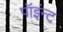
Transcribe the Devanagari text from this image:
पॉइंन्ट